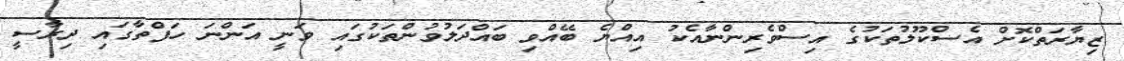
ޒިޔާރަތްކޮށް އެސްކޫލުތަކުގެ އިސްވެރިންނާއެކު އިއްޔެ ބޭއްވި ބައްދަލުވުންތަކުގައި ވަނީ އަންނަ ހަފްތާގައި ދިރާސީ